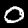
Label: 0